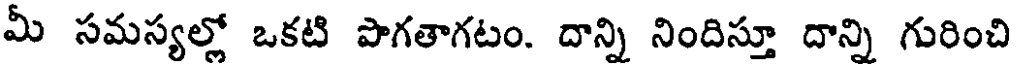
మీ సమస్యల్లో ఒకటి పొగతాగటం. దాన్ని నిందిస్తూ దాన్ని గురించి